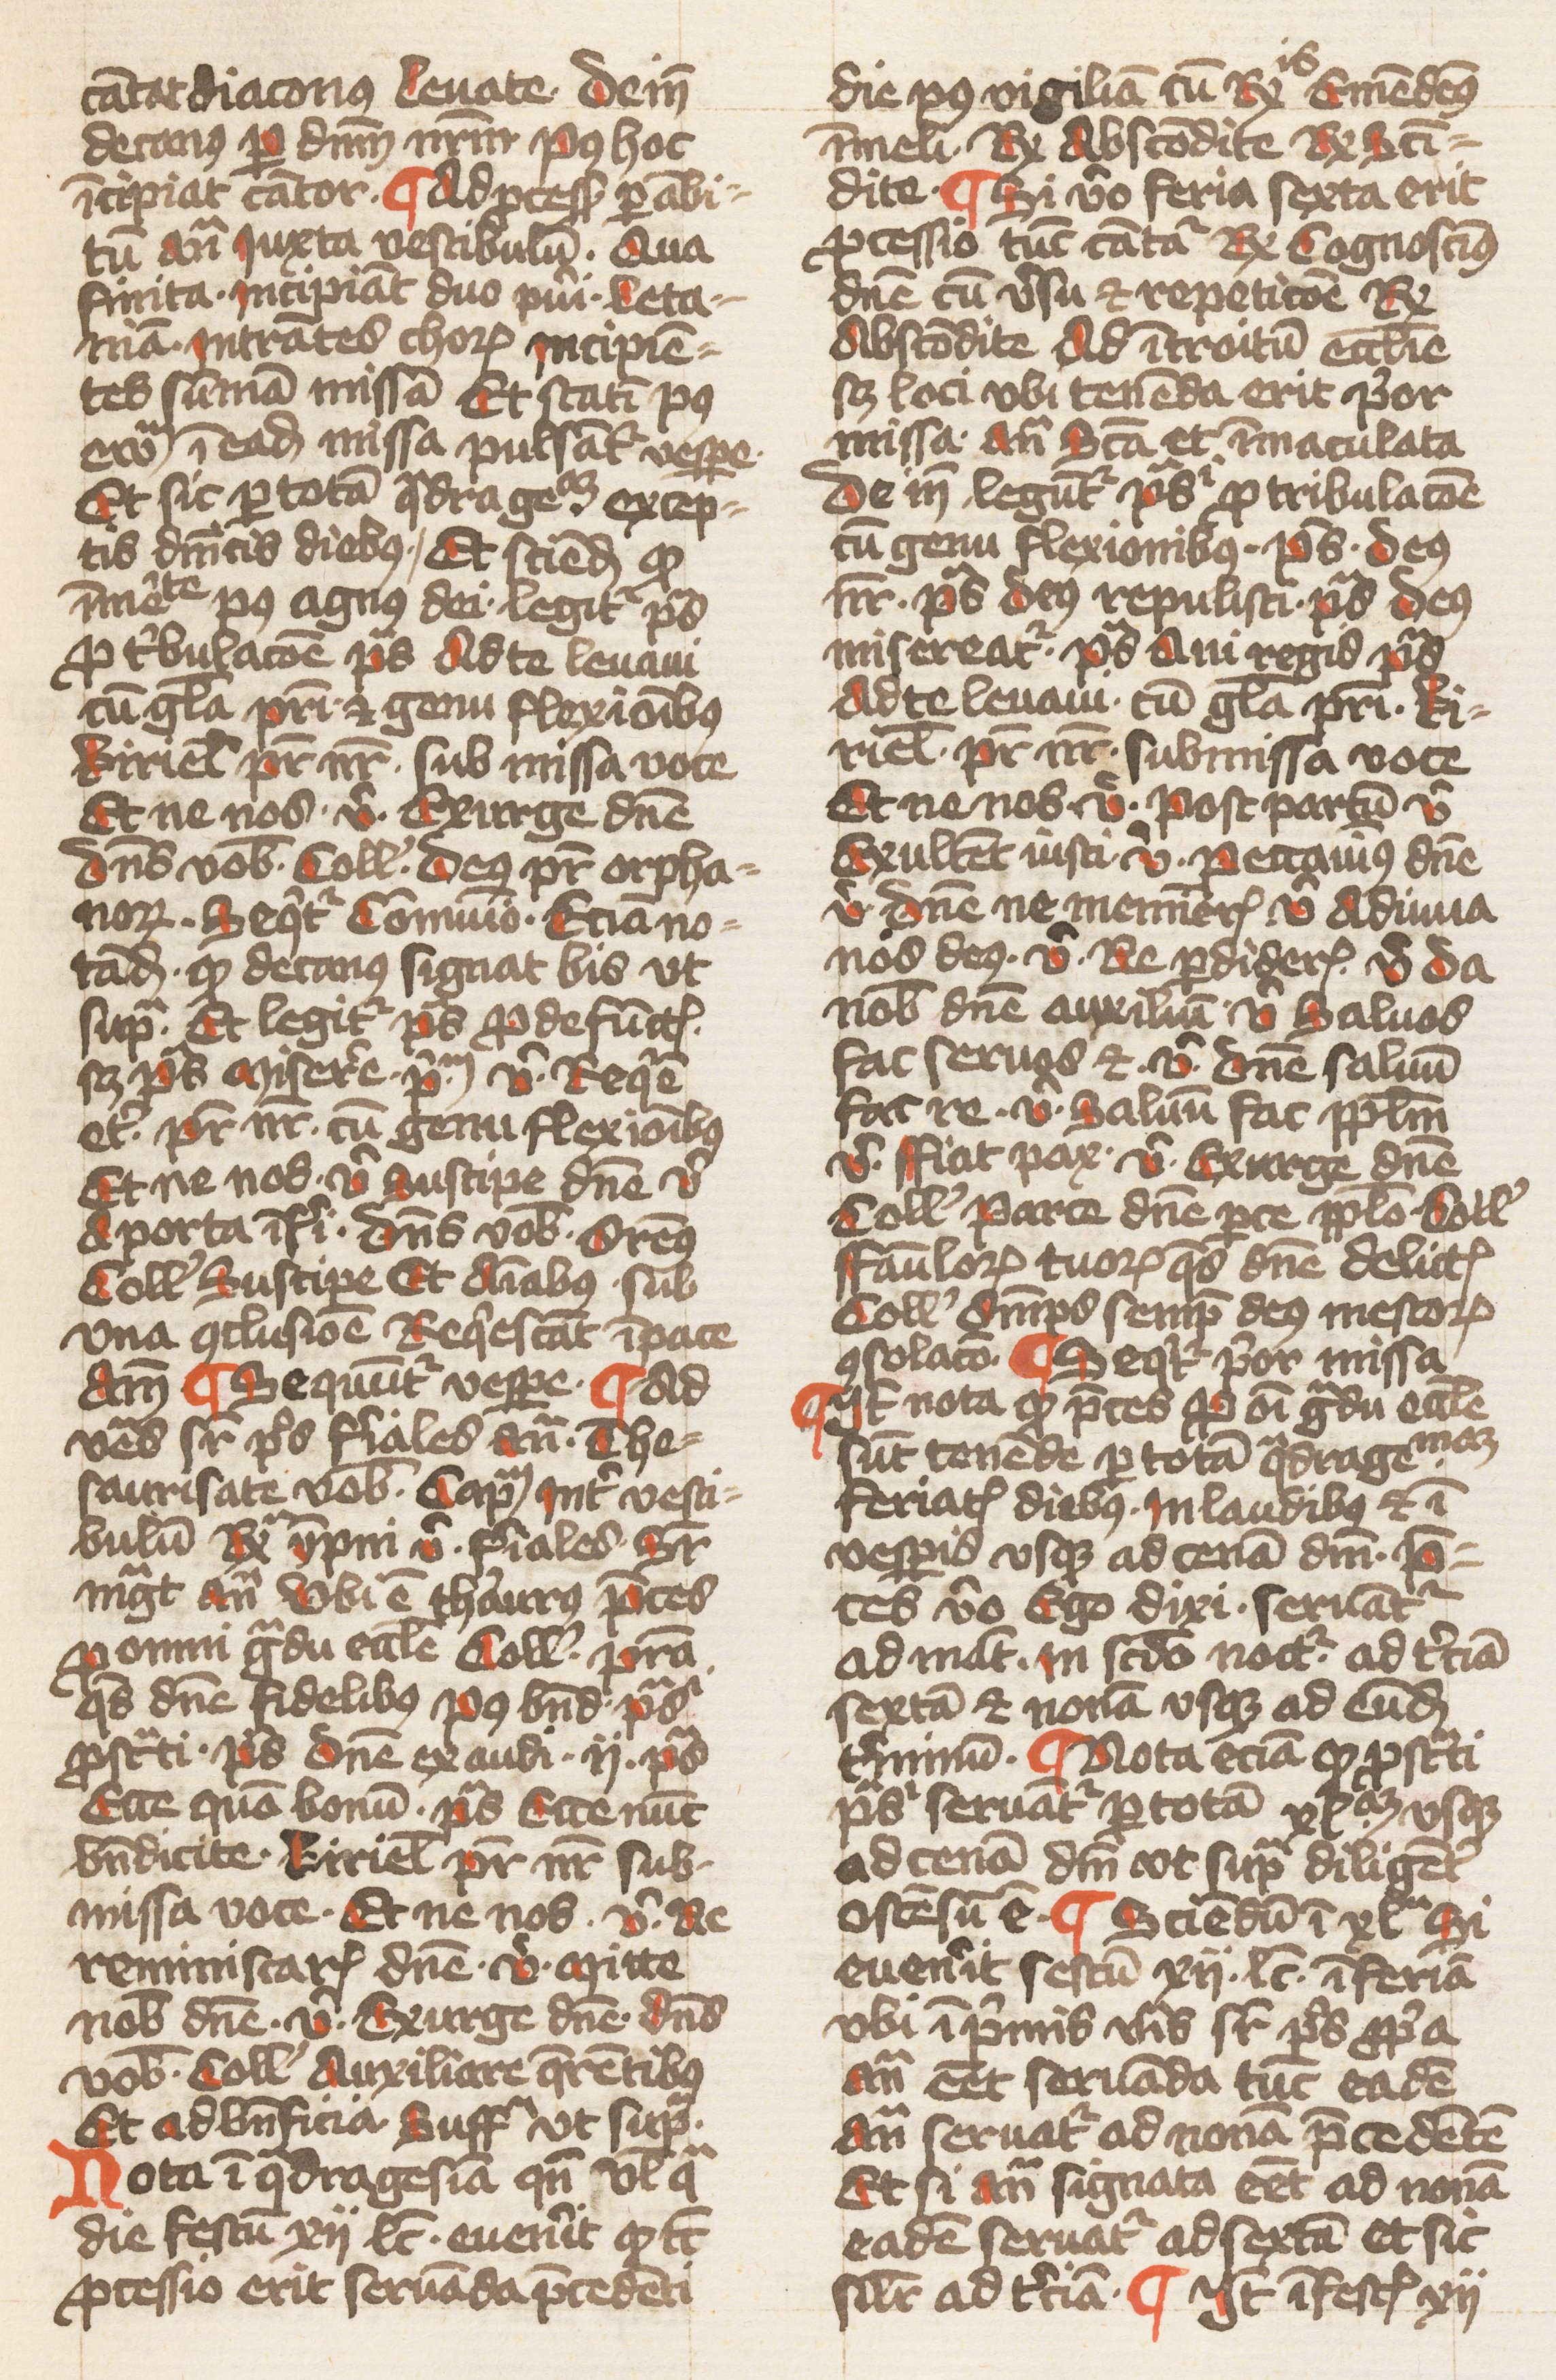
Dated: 1432–1432